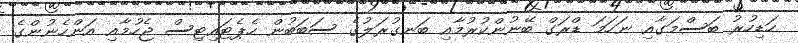
ހަޑިހުރު ބަސްމަގާއި ނަހަމަ ޑްރަގް ބޭނުންކުރުމާއި ބަނގުރަލުގެ ސަބަބުން ހެޕެޓައިޓިސް ޖެހުމާއި އަންހެނުންގެ